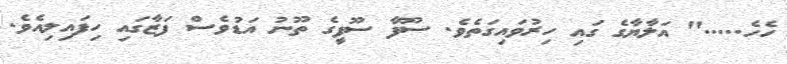
ހެހެ....." އަލާޔާގެ ގައި ހިރުވައިގަތެވެ. ސޫފާ ސޫފީގެ ތޫނު އަޑުވެސް ފަޒާގައި ހިފައިލިއެވެ.